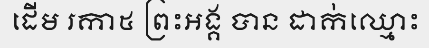
ដើម រកា៥ ព្រះអង្គ បាន ដាក់ឈ្មោះ